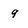
Character: 9